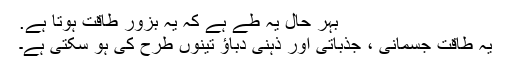
بہر حال یہ طے ہے کہ یہ بزور طاقت ہوتا ہے.
یہ طاقت جسمانی ، جذباتی اور ذہنی دباؤ تینوں طرح کی ہو سکتی ہے۔